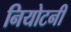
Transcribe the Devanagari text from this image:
नियोटनी